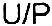
U/P